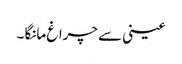
عینی سے چراغ مانگا ۔